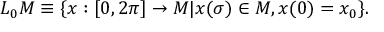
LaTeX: L _ { 0 } M \equiv \{ x : [ 0 , 2 \pi ] \rightarrow M | x ( \sigma ) \in M , x ( 0 ) = x _ { 0 } \} .